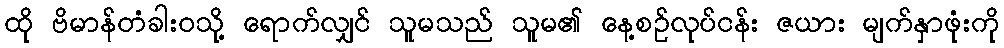
ထို ဗိမာန်တံခါးဝသို့ ရောက်လျှင် သူမသည် သူမ၏ နေ့စဉ်လုပ်ငန်း ဇယား မျက်နှာဖုံးကို